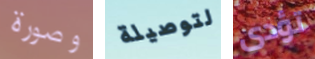
وصورة لتوصيلة تؤدى